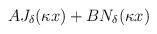
\begin{align*}AJ_\delta(\kappa x )+BN_\delta(\kappa x )\end{align*}